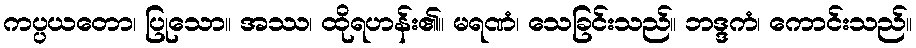
ကပ္ပယတော၊ ပြုသော။ အဿ၊ ထိုရဟန်း၏။ မရဏံ၊ သေခြင်းသည်။ ဘဒ္ဒကံ၊ ကောင်းသည်။